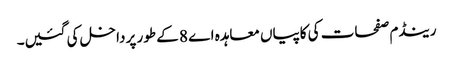
رینڈم صفحات کی کاپیاں معاہدہ اے 8 کے طور پر داخل کی گئیں۔